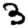
Digit: 3